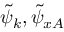
\tilde { \psi } _ { k } , \tilde { \psi } _ { x A }